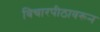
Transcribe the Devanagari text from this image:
विचारपीठावरून